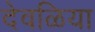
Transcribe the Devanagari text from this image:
देवळिया